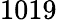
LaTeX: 1019